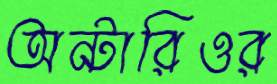
অন্টারিওর